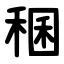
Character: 稛